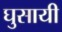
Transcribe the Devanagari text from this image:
घुसायी